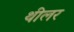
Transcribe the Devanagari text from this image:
थीलर